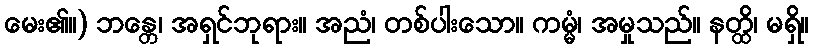
မေး၏။) ဘန္တေ၊ အရှင်ဘုရား။ အညံ၊ တစ်ပါးသော။ ကမ္မံ၊ အမှုသည်။ နတ္ထိ၊ မရှိ။